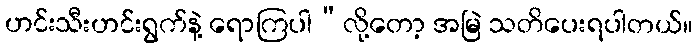
ဟင်းသီးဟင်းရွက်နဲ့ ရောကြပါ”လို့တော့ အမြဲ သတိပေးရပါတယ်။